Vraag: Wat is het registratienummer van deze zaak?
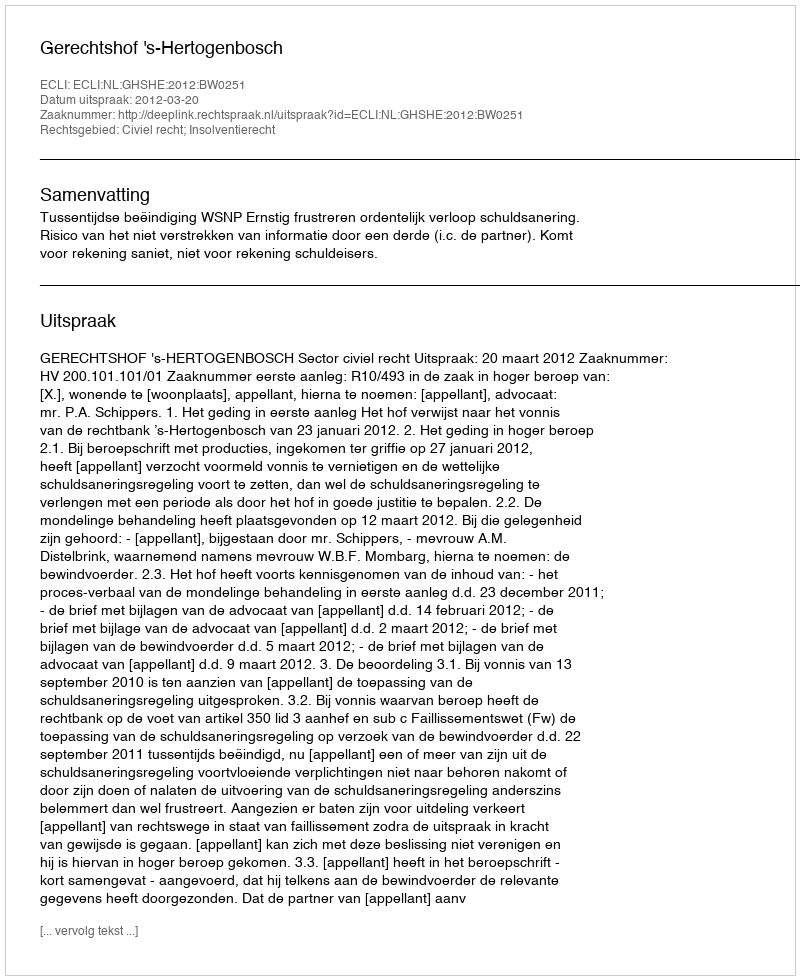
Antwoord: http://deeplink.rechtspraak.nl/uitspraak?id=ECLI:NL:GHSHE:2012:BW0251